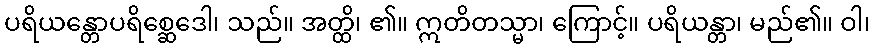
ပရိယန္တောပရိစ္ဆေဒေါ၊ သည်။ အတ္ထိ၊ ၏။ ဣတိတသ္မာ၊ ကြောင့်။ ပရိယန္တာ၊ မည်၏။ ဝါ၊